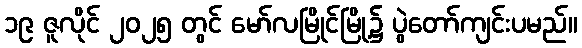
၁၉ ဇူလိုင် ၂၀၂၅ တွင် မော်လမြိုင်မြို့၌ ပွဲတော်ကျင်းပမည်။